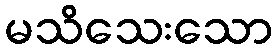
မသိသေးသော